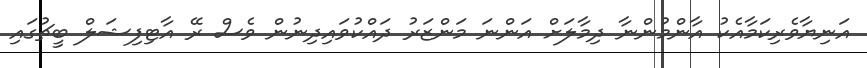
އަނިޔާވެރިކަމާއެކު އާންމުންނާ ދިމާލަށް އަންނަ މަންޒަރު ދައްކުވައިދިނުން ވެސް ރޭ އާޓިފިޝަލް ބީޗުގައި